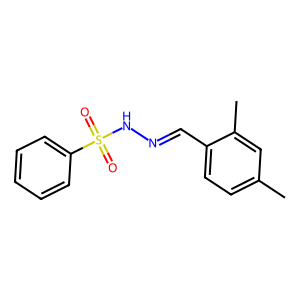
SMILES: Cc1ccc(C=NNS(=O)(=O)c2ccccc2)c(C)c1
Inhibits HIV replication: No